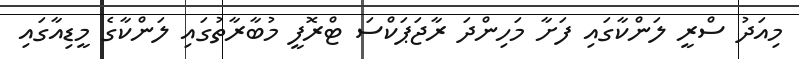
މިއަދު ސްރީ ލަންކާގައި ފަށާ މަހިންދަ ރާޖަޕަކްސަ ޓްރޮފީ މުބާރާތުގައި ލަންކާގެ މީޑިއާގައި